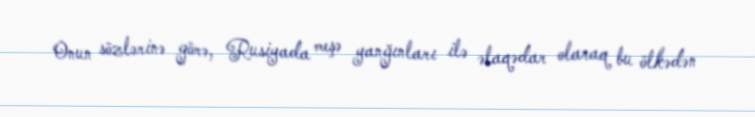
Onun sözlərinə görə, Rusiyada meşə yanğınları ilə əlaqədar olaraq bu ölkədən